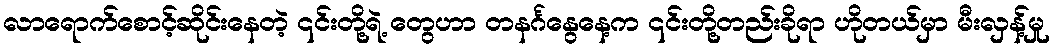
လာရောက်စောင့်ဆိုင်းနေတဲ့ ၎င်းတို့ရဲ့ တွေဟာ တနင်္ဂနွေနေ့က ၎င်းတို့တည်းခိုရာ ဟိုတယ်မှာ မီးလှန့်မှု